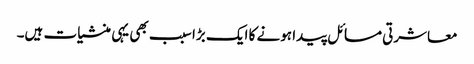
معاشرتی مسائل پیدا ہونے کا ایک بڑا سبب بھی یہی منشیات ہیں۔